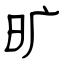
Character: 旷